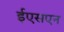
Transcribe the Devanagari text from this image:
ईएसएन